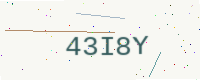
Text: 43I8Y